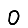
Digit: 0